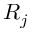
R _ { j }